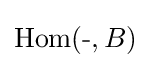
\operatorname {Hom} ({\text{-}},B)